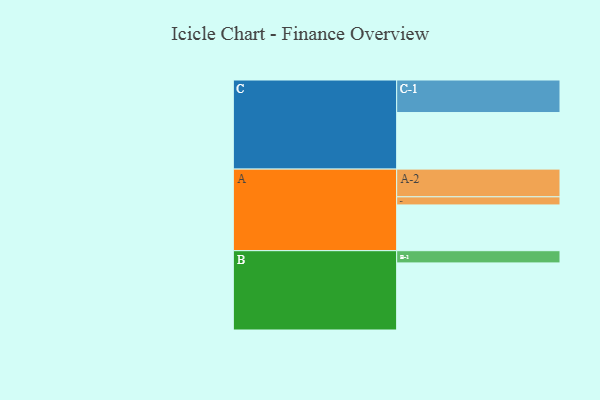
{"axis": {"x": "Segment", "y": "Value"}, "legend": ["", "A", "B", "C"], "data": [{"x": "A", "y": 322, "type": ""}, {"x": "B", "y": 472, "type": ""}, {"x": "C", "y": 398, "type": ""}, {"x": "A-1", "y": 57, "type": "A"}, {"x": "A-2", "y": 195, "type": "A"}, {"x": "B-1", "y": 86, "type": "B"}, {"x": "C-1", "y": 229, "type": "C"}]}